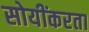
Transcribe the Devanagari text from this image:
सोयींकरता